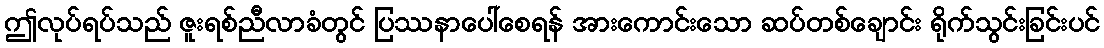
ဤလုပ်ရပ်သည် ဇူးရစ်ညီလာခံတွင် ပြဿနာပေါ်စေရန် အားကောင်းသော ဆပ်တစ်ချောင်း ရိုက်သွင်းခြင်းပင်